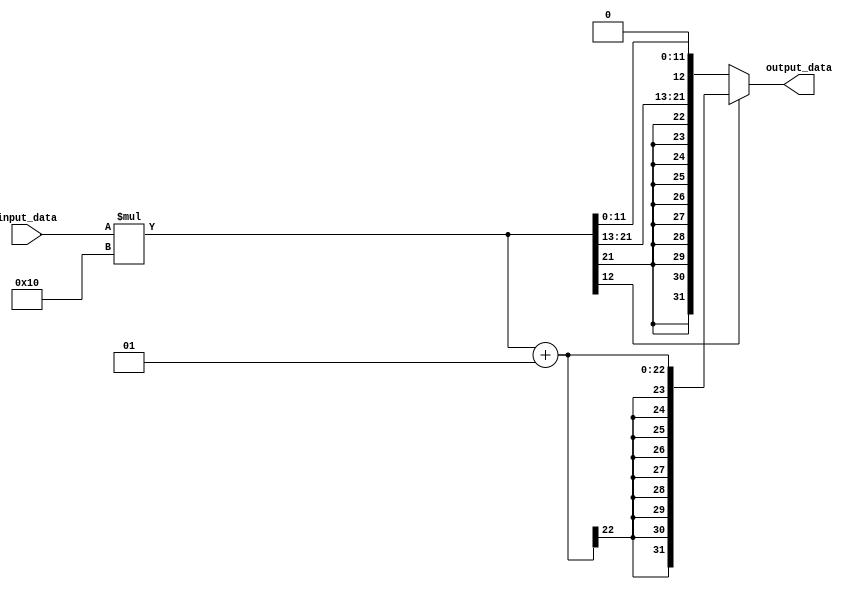
module fixed_point_converter (
  input wire signed [15:0] input_data,
  output wire signed [31:0] output_data
);

  // Parameters
  parameter integer_bits_input = 8;
  parameter fractional_bits_input = 8;
  parameter integer_bits_output = 12;
  parameter fractional_bits_output = 12;

  // Constants
  localparam scaling_factor = 2 ** (fractional_bits_output - fractional_bits_input);

  // Rounding logic
  reg signed [31:0] temp_data;
  always @* begin
    temp_data = input_data * scaling_factor;
    if (temp_data[fractional_bits_output] == 1) begin
      output_data = temp_data + 1;
    end else begin
      output_data = temp_data;
    end
  end

endmodule